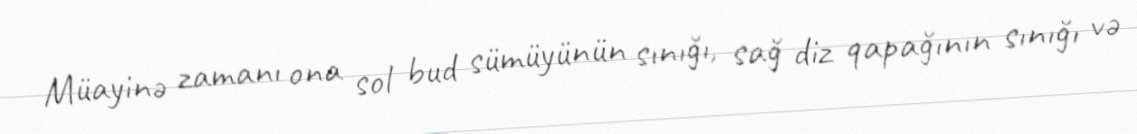
Müayinə zamanı ona sol bud sümüyünün sınığı, sağ diz qapağının sınığı və